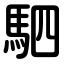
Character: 駟